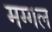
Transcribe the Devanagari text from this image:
मग्गल